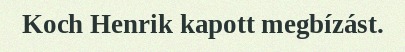
Koch Henrik kapott megbízást.